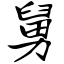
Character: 舅